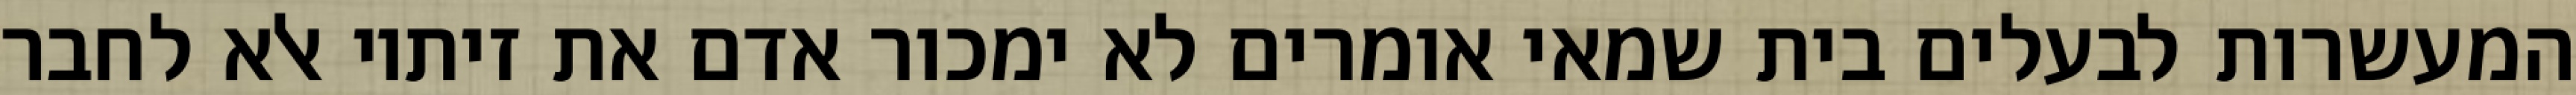
המעשרות לבעלים בית שמאי אומרים לא ימכור אדם את זיתיו אלא לחבר